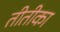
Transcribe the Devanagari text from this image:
तीतीका